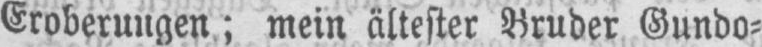
Eroberungen; mein ältester Bruder Gundo⸗